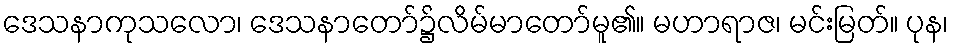
ဒေသနာကုသလော၊ ဒေသနာတော်၌လိမ်မာတော်မူ၏။ မဟာရာဇ၊ မင်းမြတ်။ ပုန၊